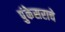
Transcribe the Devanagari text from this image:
पुंकेसराचे